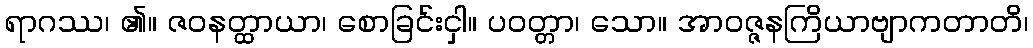
ရာဂဿ၊ ၏။ ဇဝနတ္ထာယာ၊ စောခြင်းငှါ။ ပဝတ္တာ၊ သော။ အာဝဇ္ဇနကြိယာဗျာကတာတိ၊